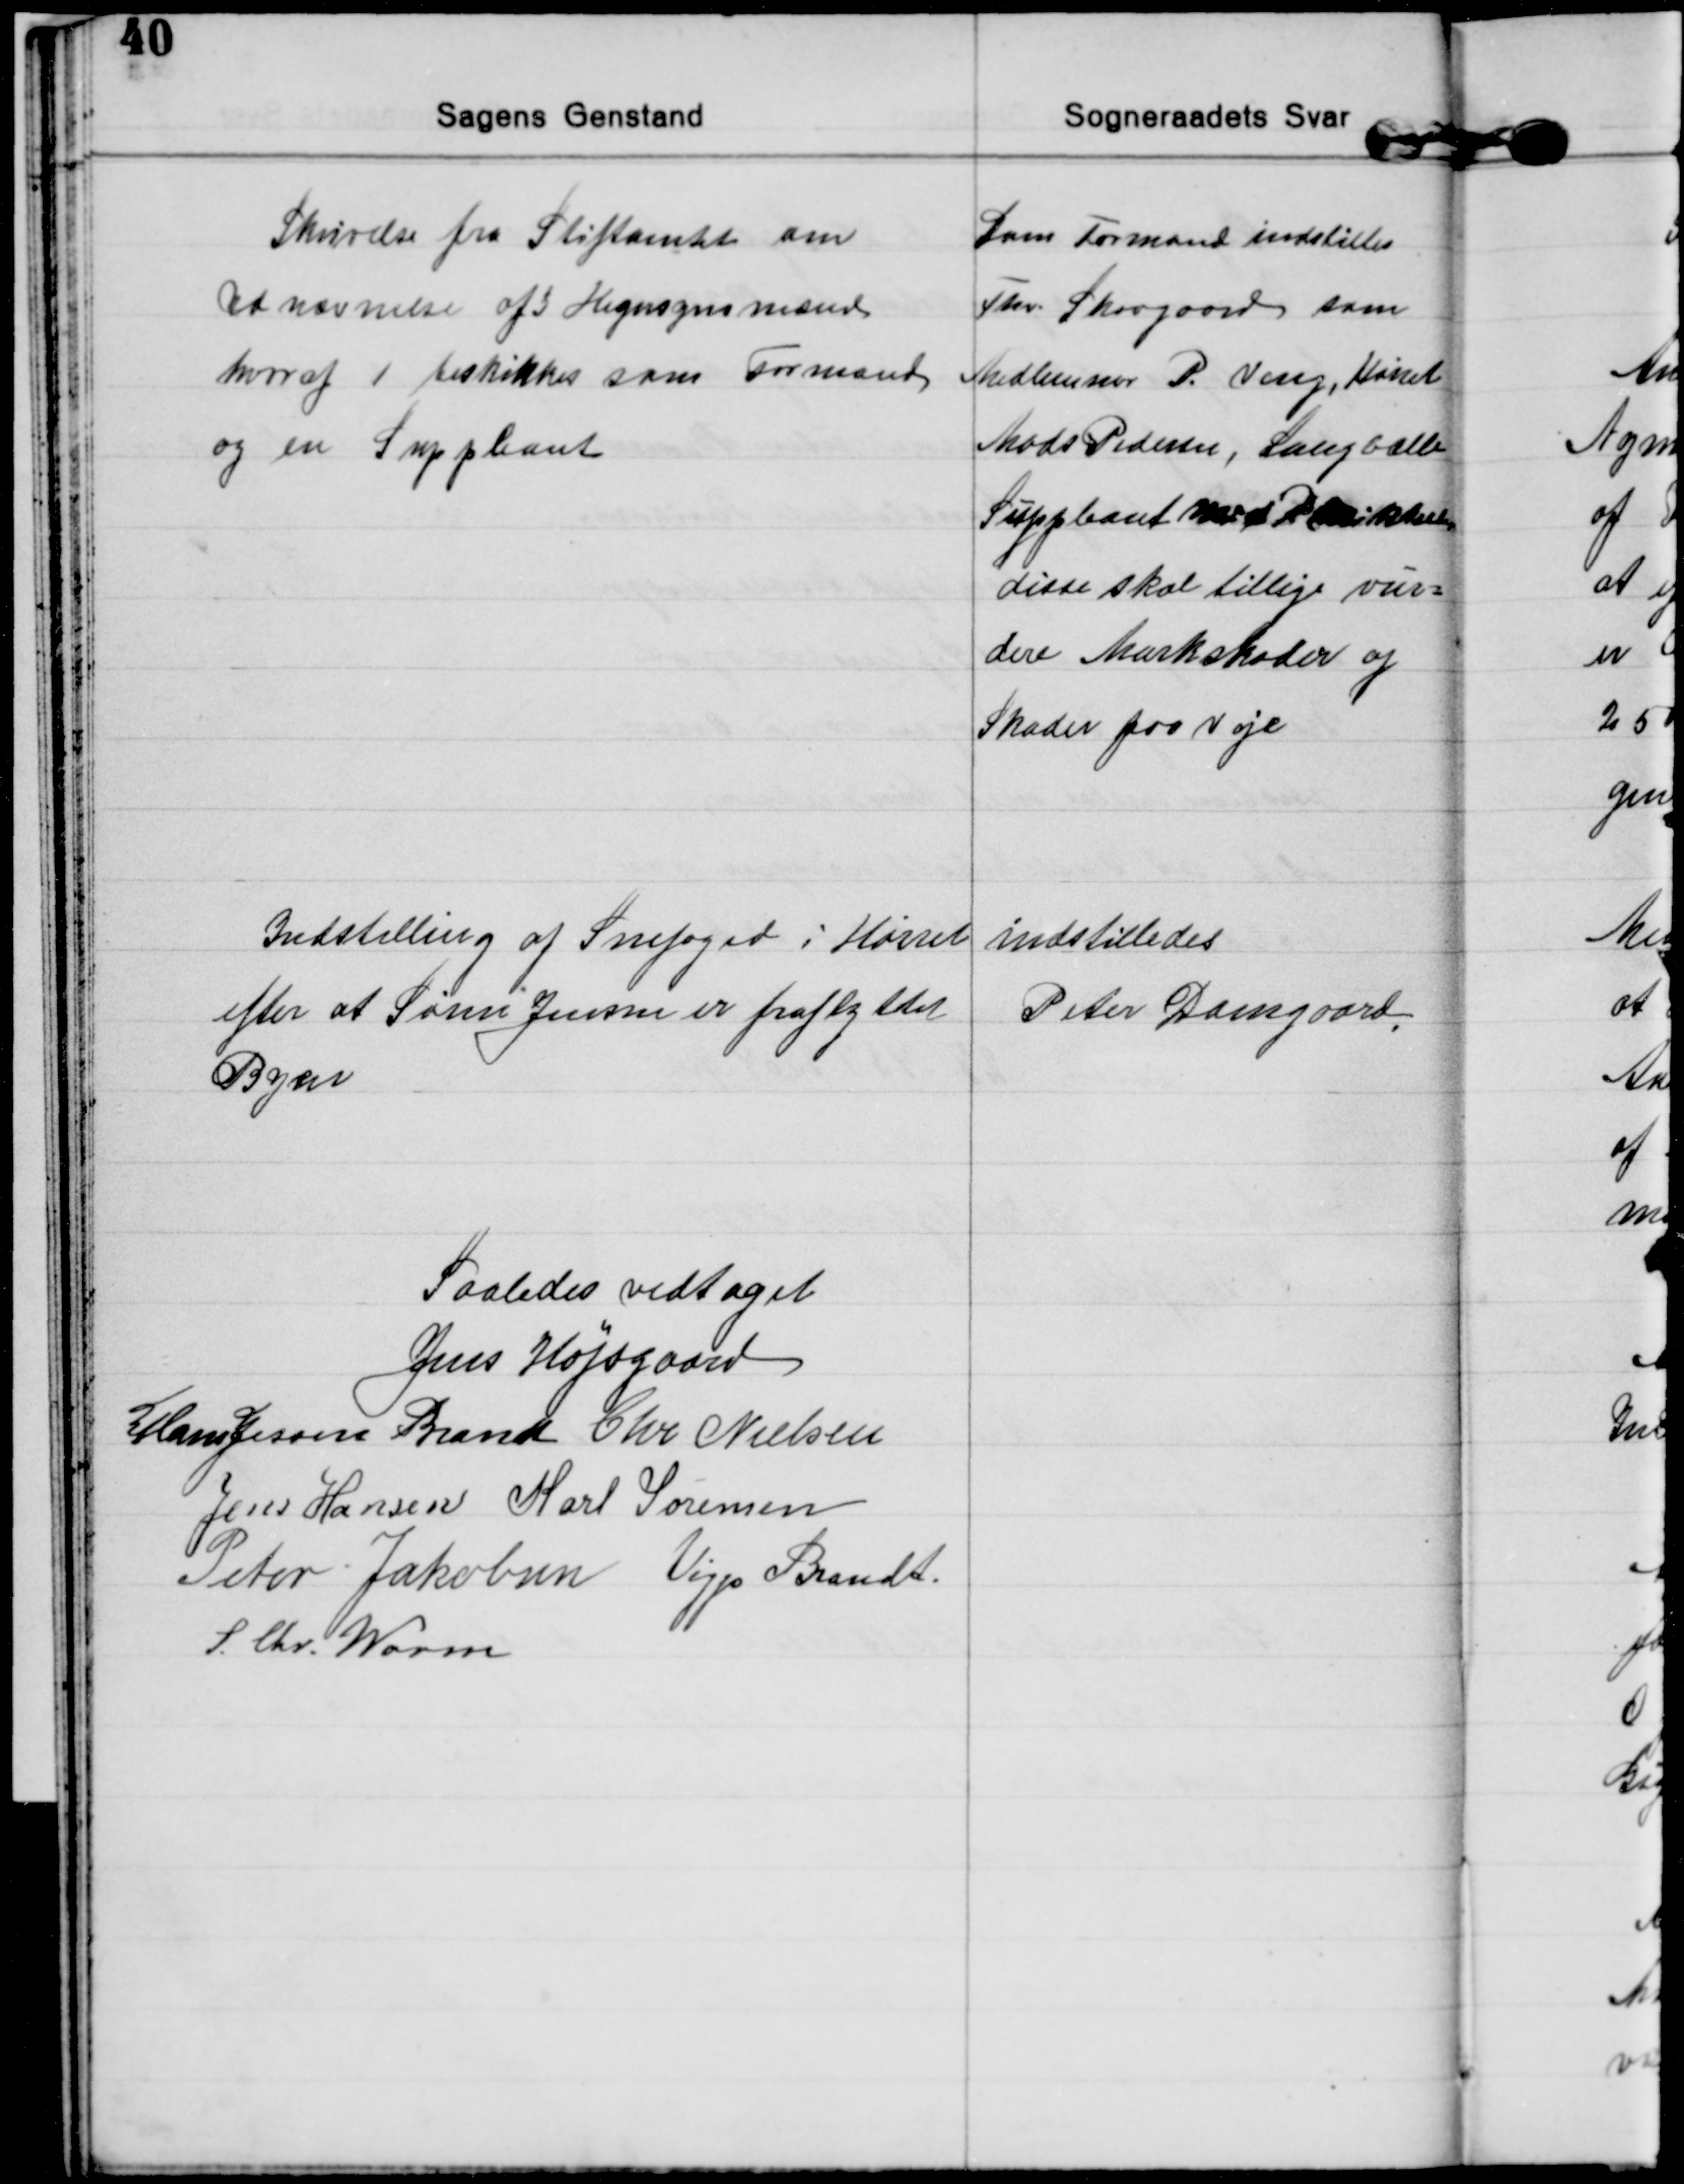
Transskription:
Skrivelse fra Stiftamtet om
Udnævnelse af 3 Hegnsynsmænd
hvoraf 1 beskikkes som Formand
og en Suppleant
Som Formand indstilles
Thv. Skovgaard som
Medlemmer P. Veng, Hørret
Mads Pedersen, Langballe
Suppleant Mads R. Mikkelsen
disse skal tillige vur=
dere Markskader og
Skader paa Veje

Indstilling af Snefoged i Hørret
efter at Søren Jensen er fraflyttet
Byen
indstilledes
Peter Damgaard

Saaledes vedtaget
Jens Højsgaard
Hans Jessen Brandt Chr. Nielsen
Jens Hansen Karl Sørensen
Peter Jakobsen Viggo Brandt.
S. Chr. Worm